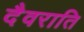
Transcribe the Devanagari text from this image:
दैवराति